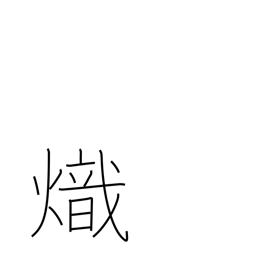
Meaning: kindling fire